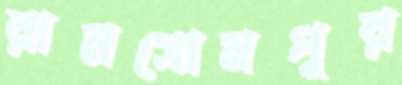
রামসোমপুর